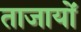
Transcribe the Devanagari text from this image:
ताजायों